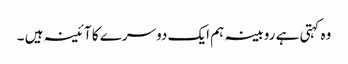
وہ کہتی ہے روبینہ ہم ایک دوسرے کا آئینہ ہیں ۔